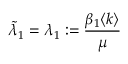
\tilde { \lambda } _ { 1 } = \lambda _ { 1 } : = \frac { \beta _ { 1 } \langle k \rangle } { \mu }